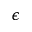
\epsilon